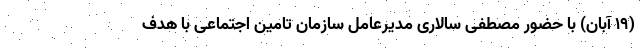
(۱۹ آبان) با حضور مصطفی سالاری مدیرعامل سازمان تامین اجتماعی با هدف